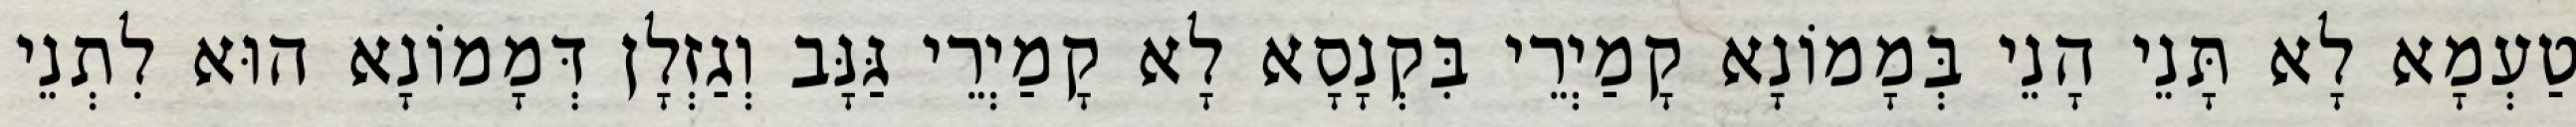
טַעְמָא לָא תָּנֵי הָנֵי בְּמָמוֹנָא קָמַיְרֵי בִּקְנָסָא לָא קָמַיְרֵי גַּנָּב וְגַזְלָן דְּמָמוֹנָא הוּא לִתְנֵי